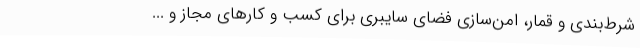
شرط‌بندی و قمار، امن‌سازی فضای سایبری برای کسب و کارهای مجاز و ...